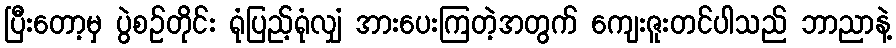
ပြီးတော့မှ ပွဲစဉ်တိုင်း ရုံပြည့်ရုံလျှံ အားပေးကြတဲ့အတွက် ကျေးဇူးတင်ပါသည် ဘာညာနဲ့